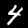
Digit: 4